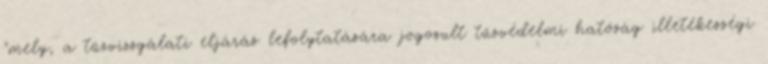
"mely, a tűzvizsgálati eljárás lefolytatására jogosult tűzvédelmi hatóság illetékességi